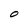
Character: O